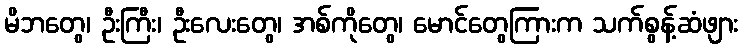
မိဘတွေ၊ ဦးကြီး၊ ဦးလေးတွေ၊ အစ်ကိုတွေ၊ မောင်တွေကြားက သက်စွန့်ဆံဖျား